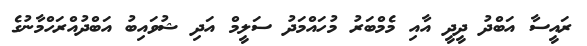
ރައީސާ އަބްދު ދީދީ އާއި މެމްބަރު މުހައްމަދު ސަލީމް އަދި ޝުވައިބު އަބްދުއްރަހްމާނުގެ